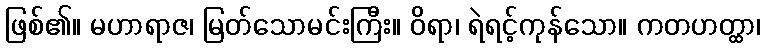
ဖြစ်၏။ မဟာရာဇ၊ မြတ်သောမင်းကြီး။ ဝိရာ၊ ရဲရင့်ကုန်သော။ ကတဟတ္ထာ၊